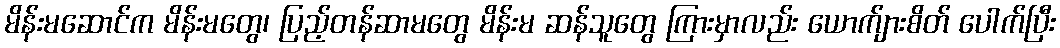
မိန်းမဆောင်က မိန်းမတွေ၊ ပြည့်တန်ဆာမတွေ မိန်းမ ဆန်သူတွေ ကြားမှာလည်း ယောက်ျားစိတ် ပေါက်ပြီး